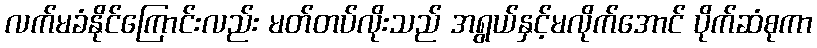
လက်မခံနိုင်ကြောင်းလည်း မတ်တပ်လိုးသည် အရွယ်နှင့်မလိုက်အောင် ပိုက်ဆံစုကာ